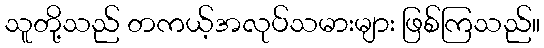
သူတို့သည် တကယ့်အလုပ်သမားများ ဖြစ်ကြသည်။